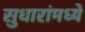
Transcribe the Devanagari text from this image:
सुधारांमध्ये